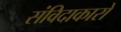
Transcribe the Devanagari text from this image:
संविदाकारों